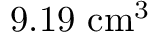
9 . 1 9 ~ \mathrm { c m ^ { 3 } }